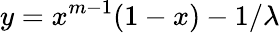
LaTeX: y=x^{m-1}(1-x)-1/\lambda